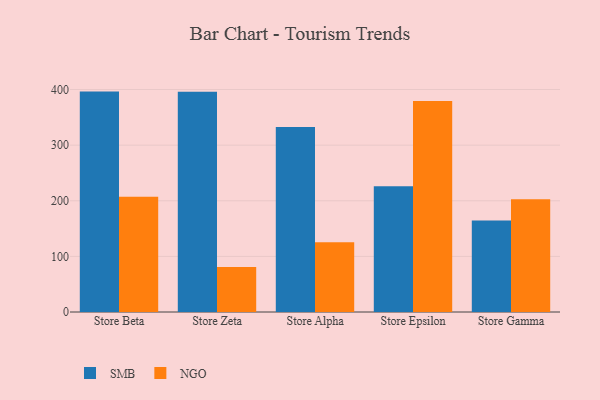
{"axis": {"x": "Store", "y": "Conversion Rate (%)"}, "legend": ["NGO", "SMB"], "data": [{"x": "Store Beta", "y": 396.3, "type": "SMB"}, {"x": "Store Beta", "y": 207.4, "type": "NGO"}, {"x": "Store Zeta", "y": 396.0, "type": "SMB"}, {"x": "Store Zeta", "y": 81.0, "type": "NGO"}, {"x": "Store Alpha", "y": 332.6, "type": "SMB"}, {"x": "Store Alpha", "y": 125.3, "type": "NGO"}, {"x": "Store Epsilon", "y": 225.9, "type": "SMB"}, {"x": "Store Epsilon", "y": 379.2, "type": "NGO"}, {"x": "Store Gamma", "y": 164.5, "type": "SMB"}, {"x": "Store Gamma", "y": 202.9, "type": "NGO"}]}